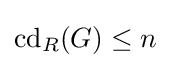
\operatorname {cd} _{R}(G)\leq n